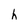
Character: h